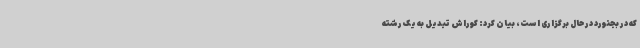
که در بجنورد در حال برگزاری است، بیان کرد: کوراش تبدیل به یک رشته